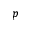
p